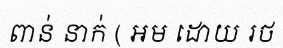
ពាន់ នាក់ ( អម ដោយ រថ